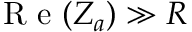
\mathrm { ~ R ~ e ~ } ( Z _ { a } ) \gg R